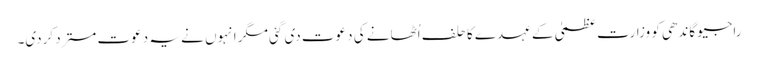
راجیو گاندھی کو وزارت عظمیٰ کے عہدے کا حلف اُٹھانے کی دعوت دی گئی مگر انہوں نے یہ دعوت مسترد کردی۔